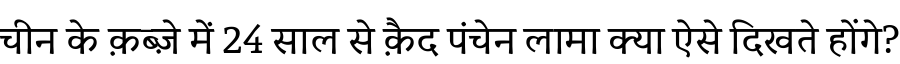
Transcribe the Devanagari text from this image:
चीन के क़ब्ज़े में 24 साल से क़ैद पंचेन लामा क्या ऐसे दिखते होंगे?